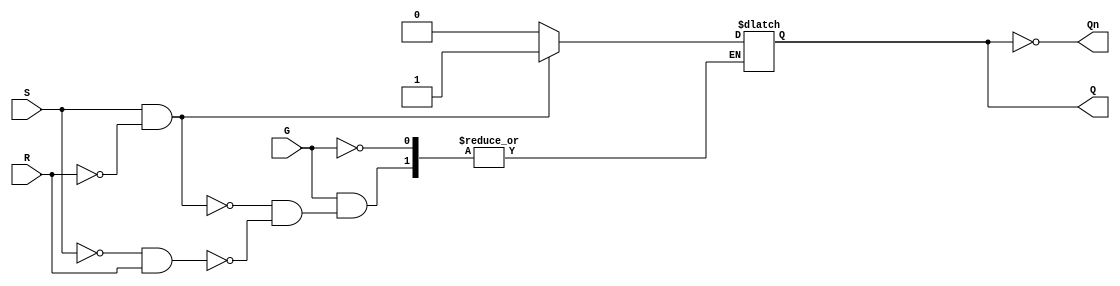
module GatedSRLatch (
    input wire S,    // Set input
    input wire R,    // Reset input
    input wire G,    // Enable input (Gate)
    output reg Q,    // Output Q
    output wire Qn   // Output Q' (inverted Q)
);

// Invert Q for Qn output
assign Qn = ~Q;

// Always block that describes the behavior of the Gated SR Latch
always @ (G, S, R) begin
    if (G) begin
        // When G is high, respond to S and R
        if (S && ~R) begin
            Q <= 1;   // Set condition
        end else if (~S && R) begin
            Q <= 0;   // Reset condition
        end
        // When both S and R are low, maintain current state
        // When both S and R are high, this condition is undefined
        // We can leave it unconditioned because it is an invalid state
    end
    // When G is low, retain the previous state of Q
end

endmodule